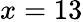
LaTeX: x=13